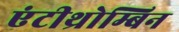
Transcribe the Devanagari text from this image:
एंटीथ्रोम्बिन